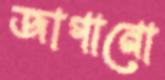
জাগানো